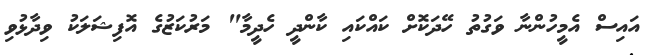
އައިސް އެމީހުންނާ ވަގުތު ހޭދަކޮށް ކައްކައި ކާންދީ ހެދީމާ" މަރުކަޒުގެ އޮފިޝަލަކު ވިދާޅުވި